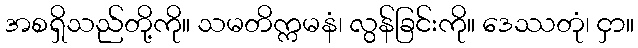
အစရှိသည်တို့ကို။ သမတိက္ကမနံ၊ လွန်ခြင်းကို။ ဒေဿတုံ၊ ငှာ။